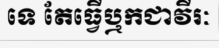
ទេ តែធ្វើឬកជាវីរៈ